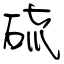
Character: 硫